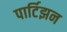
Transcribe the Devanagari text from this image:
पार्टिझन